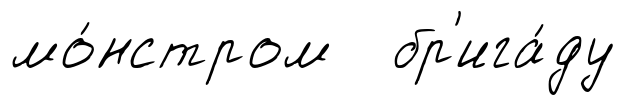
мо́нстром бр'ига́ду